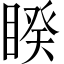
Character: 睽